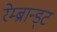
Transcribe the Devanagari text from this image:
रेम्ब्रान्ड्ट